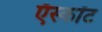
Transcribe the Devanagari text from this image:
ऍस्कॉट